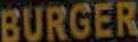
BURGER